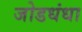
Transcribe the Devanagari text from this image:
जोडधंधा